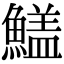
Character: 𩺻